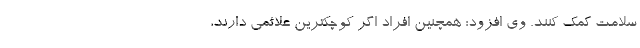
سلامت کمک کنند. وی افزود: همچنین افراد اگر کوچکترین علائمی دارند،